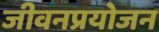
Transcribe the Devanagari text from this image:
जीवनप्रयोजन